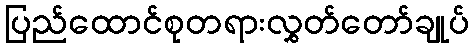
ပြည်ထောင်စုတရားလွှတ်တော်ချုပ်